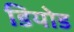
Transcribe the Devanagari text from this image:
डियोड